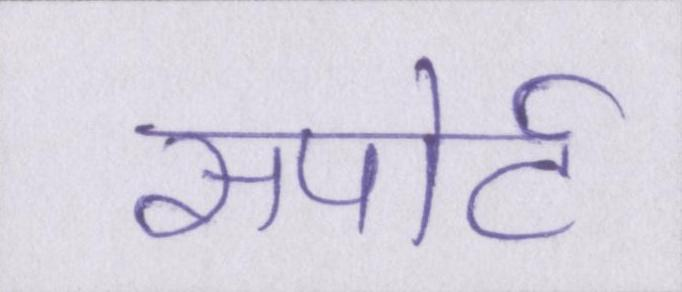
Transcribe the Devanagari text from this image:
सपोर्ट